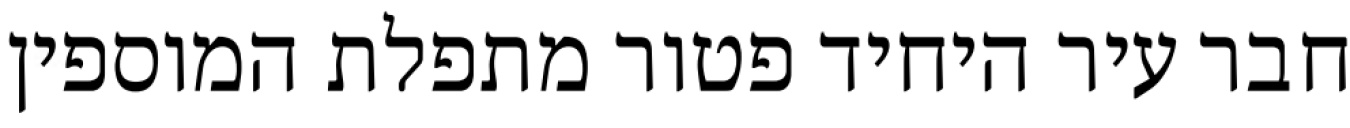
חבר עיר היחיד פטור מתפלת המוספין